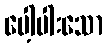
ပေါ့ပါးသော